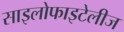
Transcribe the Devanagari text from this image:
साइलोफाइटेलीज